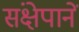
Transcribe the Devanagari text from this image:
संक्षेपानें